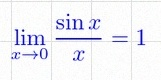
\lim_{x\to0}\frac{\sin x}{x}=1